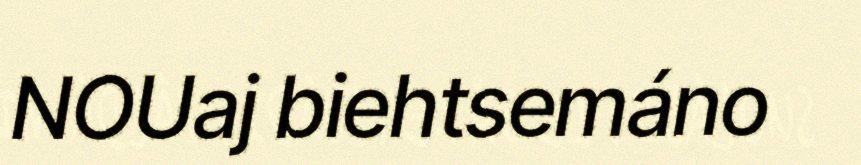
NOUaj biehtsemáno